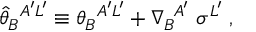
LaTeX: { \widehat \theta } _ { B } ^ { \; \; A ^ { \prime } L ^ { \prime } } \equiv \theta _ { B } ^ { \; \; A ^ { \prime } L ^ { \prime } } + \nabla _ { B } ^ { \; \; A ^ { \prime } } \; \sigma ^ { L ^ { \prime } } \; ,